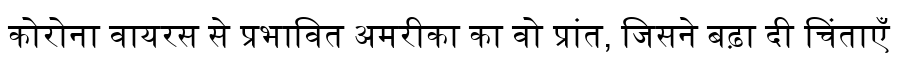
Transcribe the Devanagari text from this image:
कोरोना वायरस से प्रभावित अमरीका का वो प्रांत, जिसने बढ़ा दी चिंताएँ